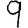
Digit: 9